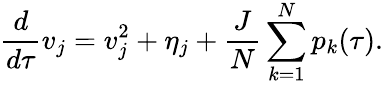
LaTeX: \frac{d}{d\tau}v_{j}=v_{j}^{2}+\eta_{j}+\frac{J}{N}\sum_{k=1}^{N}p_{k}(\tau).